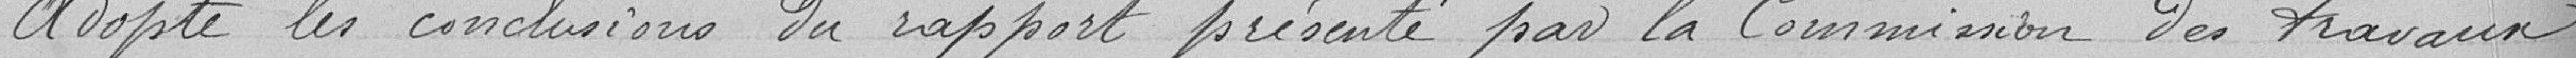
adopte les conclusions du rapport présenté par la commission des travaux